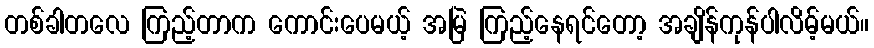
တစ်ခါတလေ ကြည့်တာက ကောင်းပေမယ့် အမြဲ ကြည့်နေရင်တော့ အချိန်ကုန်ပါလိမ့်မယ်။